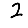
Digit: 2